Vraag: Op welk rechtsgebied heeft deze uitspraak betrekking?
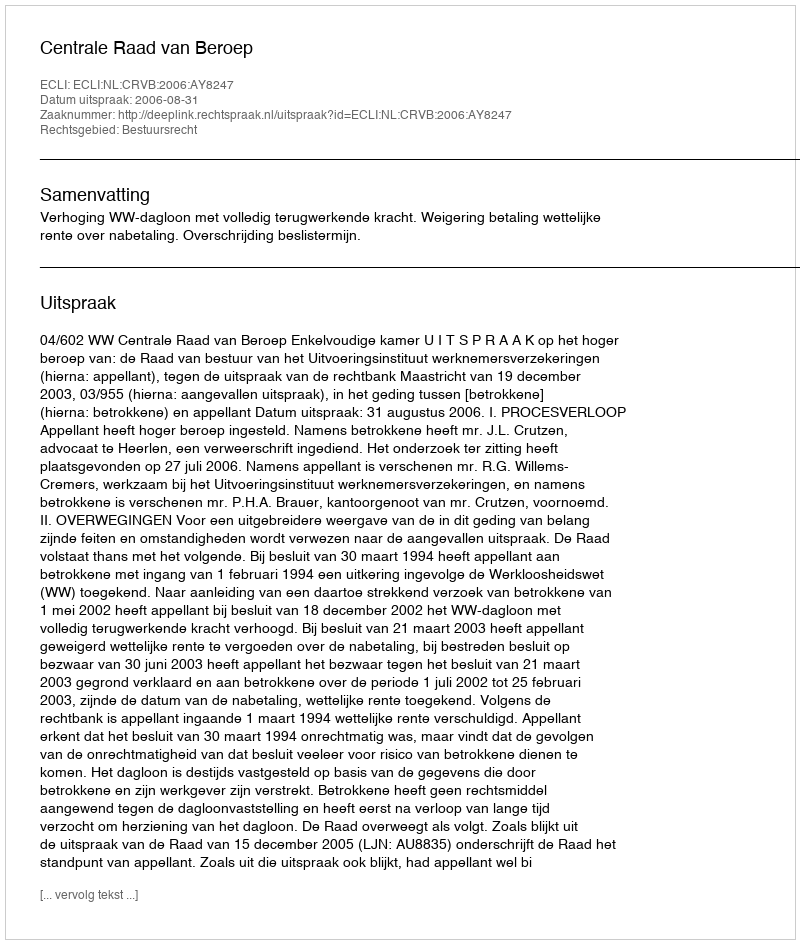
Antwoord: Bestuursrecht